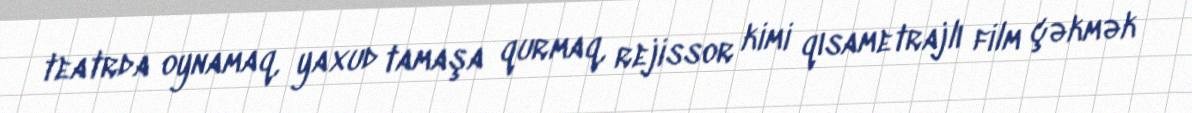
teatrda oynamaq, yaxud tamaşa qurmaq, rejissor kimi qısametrajlı film çəkmək